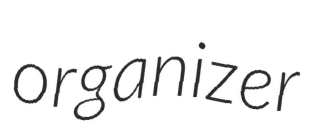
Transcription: organizer